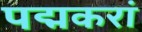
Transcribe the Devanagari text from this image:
पद्मकरां